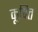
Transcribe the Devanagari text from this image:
कूपित